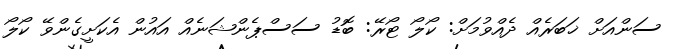
ސަންއަށް ޚަބަރެއް ދެއްވުމަށް: ކޯލޯ ޓޯރޭ: ބޮޑު ސަސްޕެންޝަނެއް އައުން އެކަށީގެންވޭ ކޯލޯ